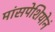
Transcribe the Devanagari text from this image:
मांसपेशियोनं